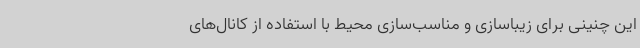
این چنینی برای زیباسازی و مناسب‌سازی محیط با استفاده از کانال‌های